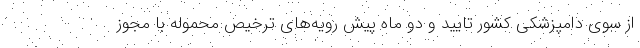
از سوی دامپزشکی کشور تایید و دو ماه پیش رویه‌های ترخیص محموله با مجوز